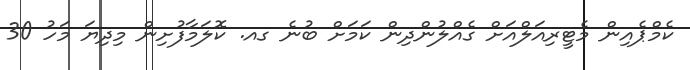
ކެމްޕެއިން މެޓީރިއަލްއަށް ގެއްލުންދިން ކަމަށް ބުނެ ގއ. ކޮލަމާފުށިން މިދިޔަ މަހު 30